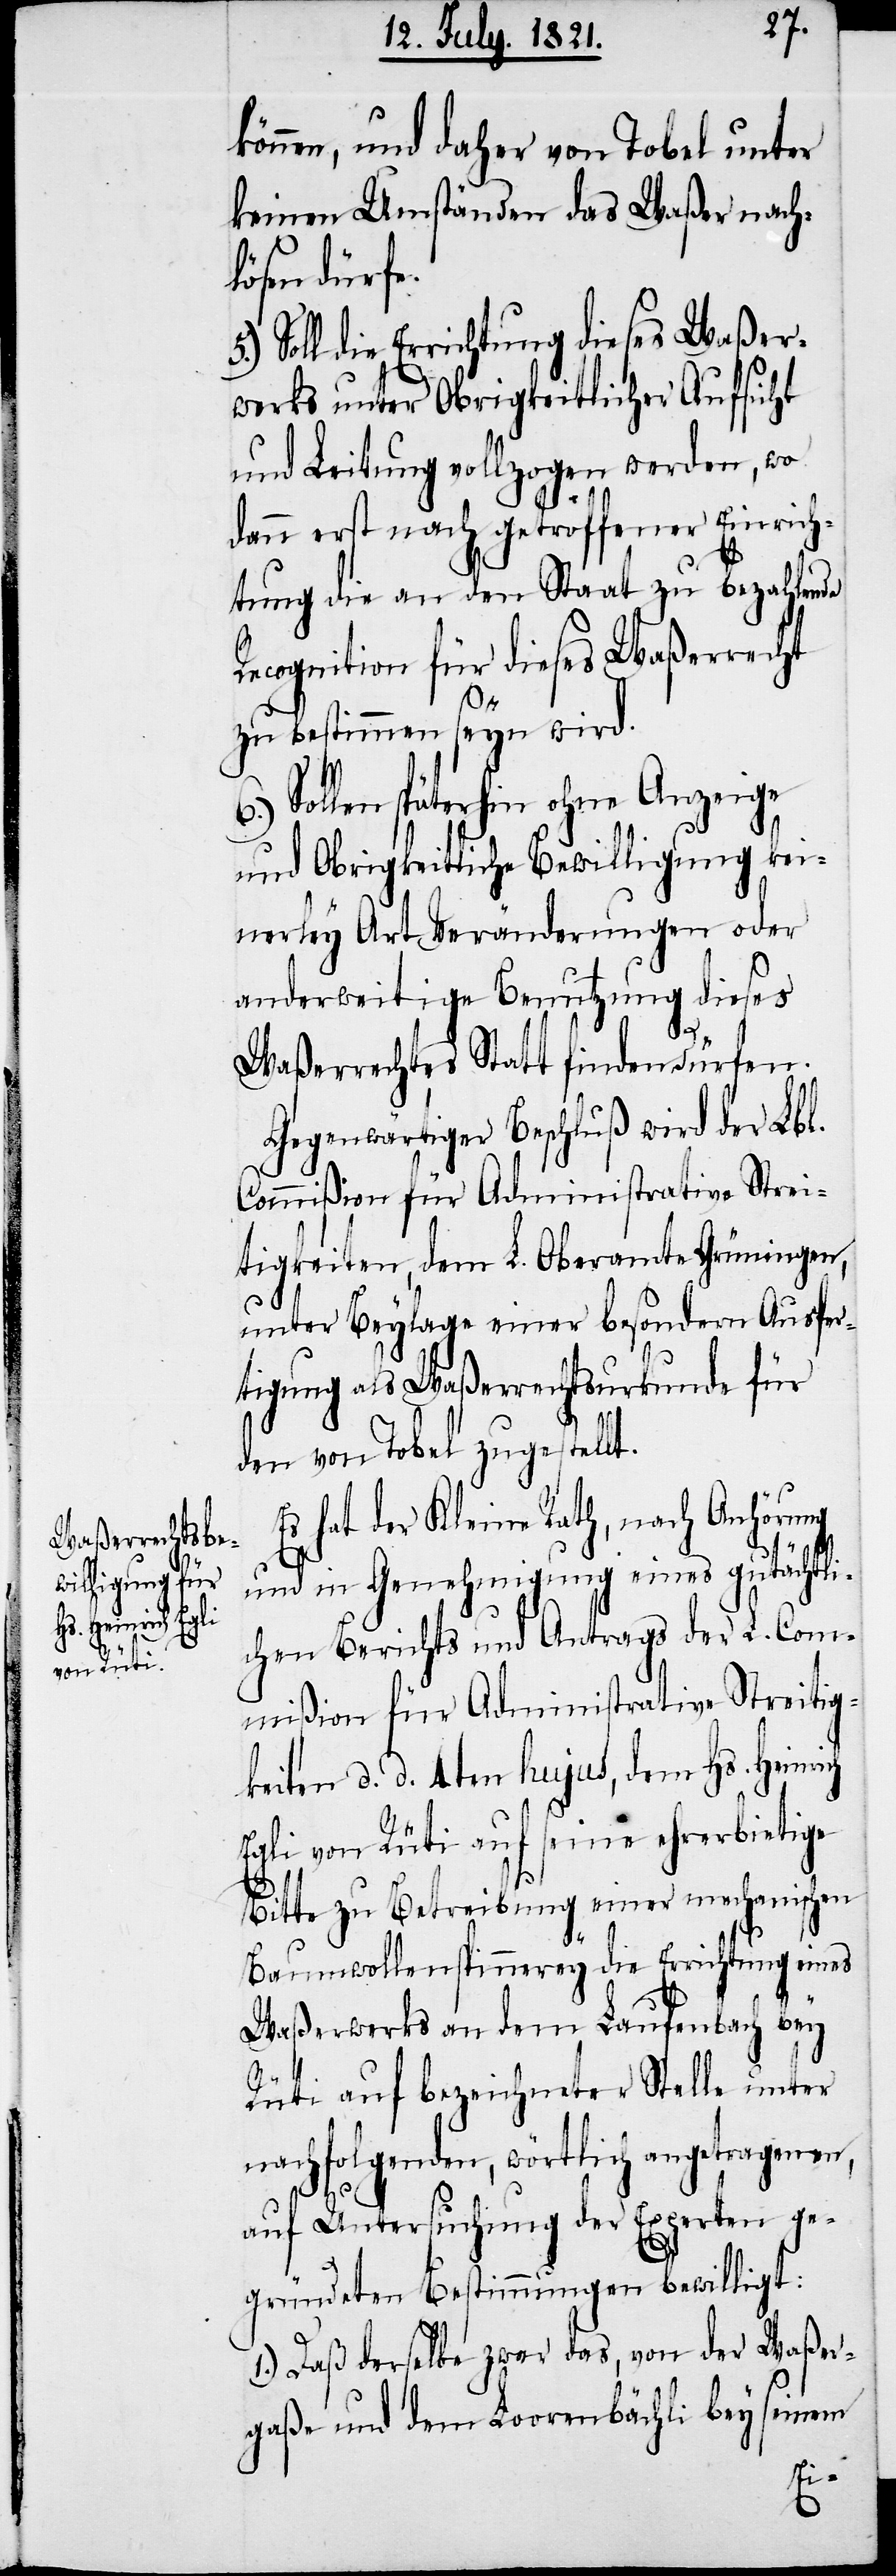
5.)

können, und daher von Tobel unter
keinen Umständen das Waßer nach¬
lösen dürfe.
Soll die Errichtung dieses Waßer¬
werks unter Obrigkeitlicher Aufsicht
und Leitung vollzogen werden, wo
dann erst nach getroffener Einrich¬
tung die an den Staat zu bezahlende
Recognition für dieses Waßerrecht
zu bestimmen seyn wird.
Sollen späterhin ohne Anzeige
und Obrigkeitliche Bewilligung kein¬
erley Veränderungen oder
anderweitige Benutzung dieses
Waßerrechtes Statt finden dürfen.
Gegenwärtiger Beschluß wird der Lbl.
Commißion für Administrative Strei¬
tigkeiten, dem L. Oberamte Grüningen,
unter Beylage einer besondern Ausfer¬
tigung als Waßerrechtsurkunde für
den von Tobel zugestellt.
Es hat der Kleine Rath, nach Anhörung
6.)
und in Genehmigung eines gutächtli¬
chen Berichts und Antrags der L. Com¬
mißion für Administrative Streitig¬
keiten d. d. 4ten hujus, dem Hs. Heinrich
Egli von Rüti auf seine ehrerbietige
Bitte zu Betreibung einer mechanischen
Baumwollenspinnerey die Errichtung eines
Waßerwerks an dem Laufenbach bey
Rüti auf bezeichneter Stelle unter
nachfolgenden, wörtlich angetragenen,
auf Untersuchung der Experten ge¬
gründeten Bestimmungen bewilligt:
1.) Daß derselbe zwar das, von der Waßer¬
gaße und dem Loorenbächli bey seinem